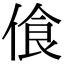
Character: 𠋡